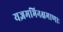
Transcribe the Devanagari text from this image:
यज्ञमभिनक्षमाणाः